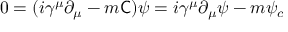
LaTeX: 0 = ( i \gamma ^ { \mu } \partial _ { \mu } - m { \mathsf { C } } ) \psi = i \gamma ^ { \mu } \partial _ { \mu } \psi - m \psi _ { c }